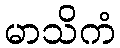
မာသိကံ